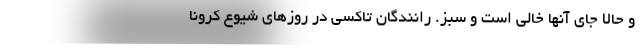
و حالا جاي آنها خالي است و سبز. رانندگان تاكسي در روزهاي شيوع كرونا